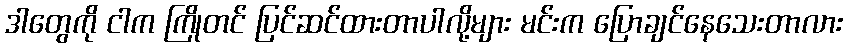
ဒါတွေကို ငါက ကြိုတင် ပြင်ဆင်ထားတာပါလို့များ မင်းက ပြောချင်နေသေးတာလား